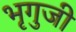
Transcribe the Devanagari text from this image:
भृगुजी